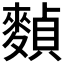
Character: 𪍕